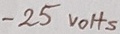
Text: -25VOHS